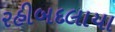
રહીબદલાયા